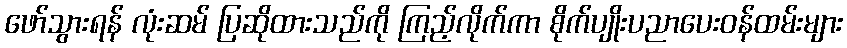
ဖော်သွားရန် လုံးဆမ် ပြဆိုထားသည်ကို ကြည့်လိုက်ကာ စိုက်ပျိုးပညာပေးဝန်ထမ်းများ